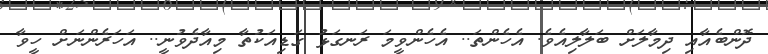
ދޮންބެއާއި ދިމާލަށް ބަލާލިއެވެ. އެހެންތަ.. އެހެންވީމަ ރަނގަޅު ގަޑިއަކުތާ މިއާދެވުނީ.. އަހަރެންނަށް ހީވާ